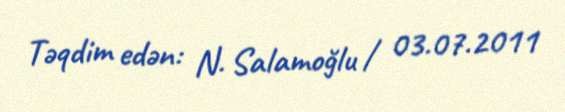
Təqdim edən: N. Salamoğlu / 03.07.2011